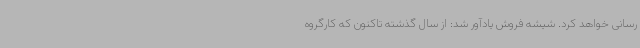
رسانی خواهد کرد. شیشه فروش یادآور شد: از سال گذشته تاکنون که کارگروه